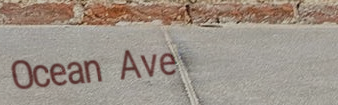
Ocean Ave